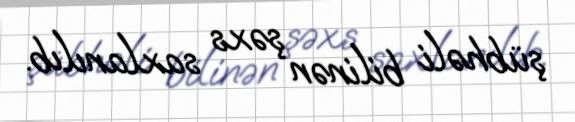
şübhəli bilinən şəxs saxlanılıb.